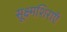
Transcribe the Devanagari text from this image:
सूक्ष्मशिराएँ